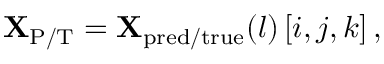
\begin{array} { r } { { \mathbf { X } } _ { \mathrm { P / T } } = { \mathbf { X } } _ { \mathrm { p r e d / t r u e } } ( l ) \left[ i , j , k \right] , } \end{array}